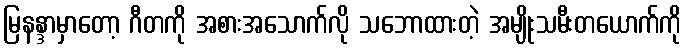
မြနန္ဒာမှာတော့ ဂီတကို အစားအသောက်လို သဘောထားတဲ့ အမျိုးသမီးတယောက်ကို